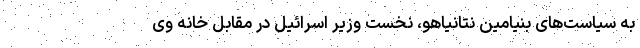
به سیاست‌های بنیامین نتانیاهو، نخست وزیر اسرائیل در مقابل خانه وی